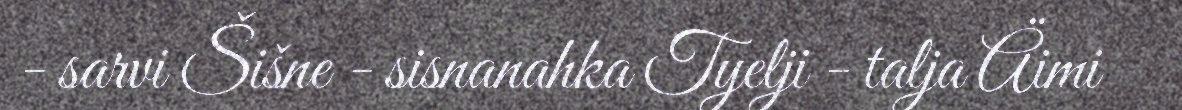
- sarvi Šišne - sisnanahka Tyelji - talja Äimi